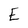
Character: E